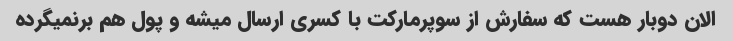
الان دوبار هست که سفارش از سوپرمارکت با کسری ارسال میشه و پول هم برنمیگرده